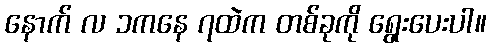
နောက် လ ၁ကနေ ၇ထဲက တစ်ခုကို ရွေးပေးပါ။